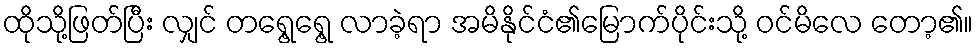
ထိုသို့ဖြတ်ပြီး လျှင် တရွေ့ရွေ့ လာခဲ့ရာ အမိနိုင်ငံ၏မြောက်ပိုင်းသို့ ဝင်မိလေ တော့၏။